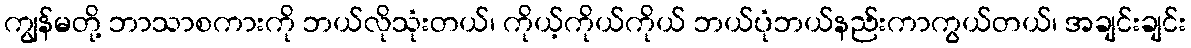
ကျွန်မတို့ ဘာသာစကားကို ဘယ်လိုသုံးတယ်၊ ကိုယ့်ကိုယ်ကိုယ် ဘယ်ပုံဘယ်နည်းကာကွယ်တယ်၊ အချင်းချင်း